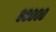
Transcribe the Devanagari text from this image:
८८०००